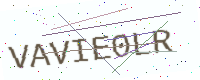
Text: VAVIE0LR